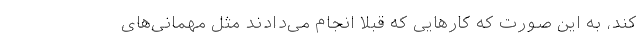
کند، به این صورت که کارهایی که قبلاً انجام می‌دادند مثل مهمانی‌های